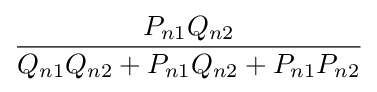
{\frac {P_{n1}Q_{n2}}{Q_{n1}Q_{n2}+P_{n1}Q_{n2}+P_{n1}P_{n2}}}